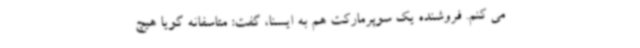
می کنم. فروشنده یک سوپرمارکت هم به ایسنا، گفت: متاسفانه گویا هیچ